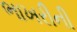
ભાખરીની